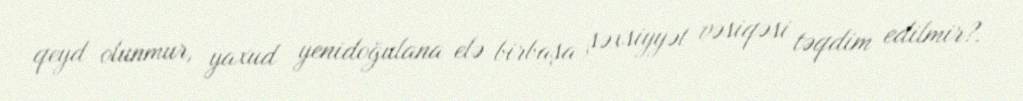
qeyd olunmur, yaxud yenidoğulana elə birbaşa şəxsiyyət vəsiqəsi təqdim edilmir?.